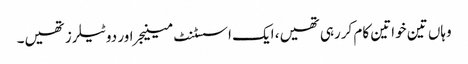
وہاں تین خواتین کام کررہی تھیں، ایک اسسٹنٹ مینیجر اور دو ٹیلرز تھیں۔